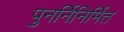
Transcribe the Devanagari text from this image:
पुनर्निनिर्मित